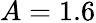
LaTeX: A=1.6